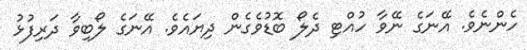
ހެންނެވެ. އޭނަގެ ނޭވާ ހުއްޓި ދެލޯ ބޮޑުވެގެން ދިޔައެވެ. އޭނަގެ ލޯބިވާ ދަރިފުޅު